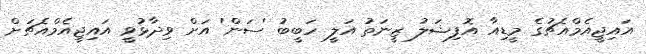
އައިޖީއެމްއެޗުގެ މީޑިއާ އޮފިޝަލު ޒީނަތު އަލީ ހަބީބު 'ސަން' އަށް ވިދާޅުވީ އައިޖީއެމްއެޗަށް